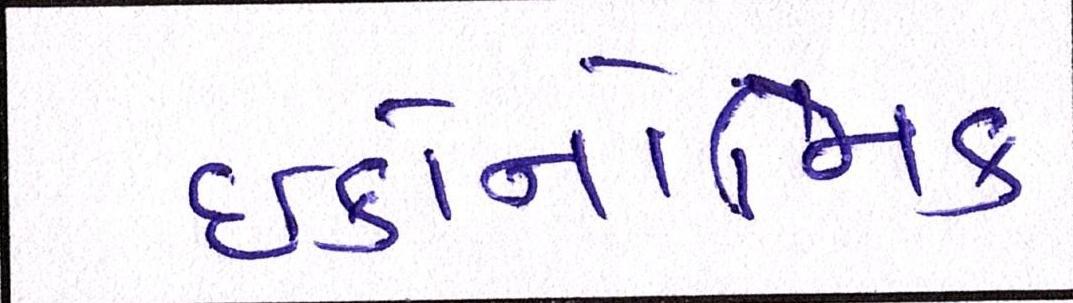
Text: ઇકોનોમિક